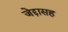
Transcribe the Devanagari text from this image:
जेद्दासह